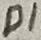
Text: D1